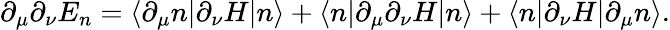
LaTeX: \partial_{\mu}\partial_{\nu}E_{n}=\langle\partial_{\mu}n|\partial_{\nu}H|n\rangle+\langle n|\partial_{\mu}\partial_{\nu}H|n\rangle+\langle n|\partial_{\nu}H|\partial_{\mu}n\rangle.